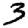
Digit: 3